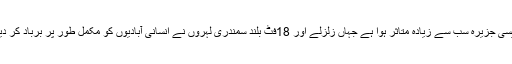
سلاویسی جزیرہ سب سے زیادہ متاثر ہوا ہے جہاں زلزلے اور 18فٹ بلند سمندری لہروں نے انسانی آبادیوں کو مکمل طور پر برباد کر دیا ہے۔